Annual report of the Civil Veterinary Department, Bengal, for the year 1897-98 - 1897-1898
Year: 1897
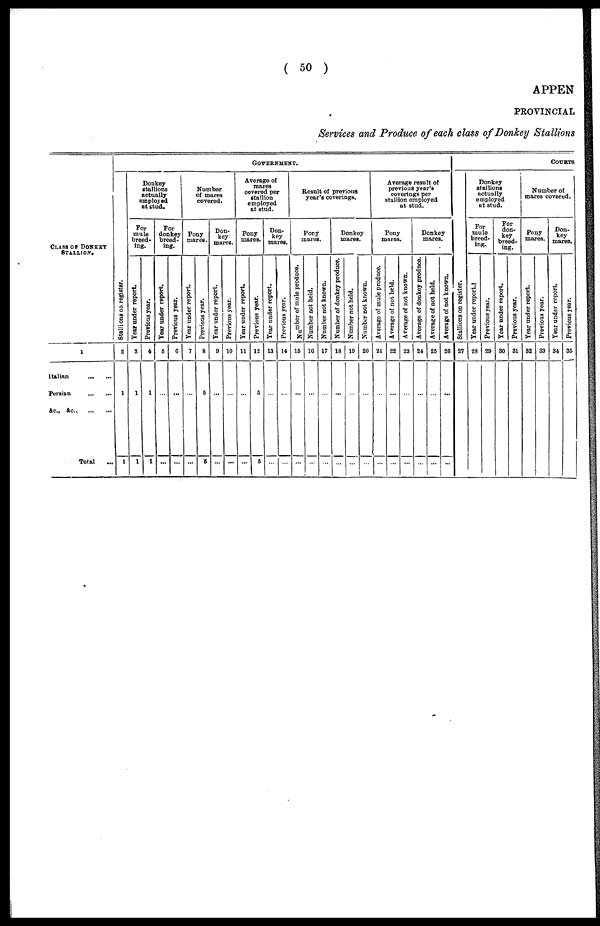
( 50 )
APPEN
PROVINCIAL
Services and Produce of each class of Donkey Stallions
CLASS OF DONKEY
STALLION.
1
Italian
...
...
Persian
...
...
&c, &c,
...
...
Total ...
GOVERNMENT.
St al l
i
ons on register.
2
1
1
Donkey
stallions
actually
employed
at stud.
For
mule
breed-
ing.
Year under report.
3
1
1
Previous year.
4
1
1
For
donkey
breed-
ing.
Tear under report.
6
...
...
Previous year.
0
...
...
Number
of mares
covered.
Pony
mares.
Tear under report.
7
...
...
Previous year.
8
5
5
Don-
key
mares.
Tear under report.
9
...
...
Previous year.
10
...
...
Average of
mares
covered per
stallion
employed
at stud.
Pony
mares.
Year under report.
11
...
...
Previous year.
12
5
5
Don-
key
mares.
Tear under report.
13
...
...
Previous year.
14
...
...
Result of previous
year's coverings.
Pony
mares.
Number
of mule produce.
15
...
...
Number not held.
16
...
...
Number not known.
17
...
...
Donkey
mares.
Number of donkey produce.
18
...
...
Number not held.
19
...
...
Number not known.
20
...
...
Average result of
previous year's
coverings per
stallion employed
at stud.
Pony
mares.
Average of mule produce.
21
...
...
Average of not held.
22
...
...
Average of not known.
23
...
...
Donkey
mares.
Average of donkey produce.
24
...
...
Average of not held.
25
...
...
Average of not known.
26
...
...
COURTS
Stallions on register.
27
Donkey
stallions
actually
employed
at stud.
For
mule
breed-
ing.
Year
under report.
28
Previous year.
29
For
don-
key
breed-
ing.
Tear under report.
30
Previous year.
31
Number of
mares covered.
Pony
mares.
Tear under report.
32
Previous year.
33
Don-
key
mares.
Year under report.
34
Previous year.
35